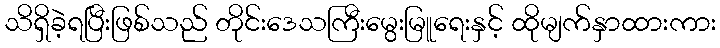
သိရှိခဲ့ရပြီးဖြစ်သည် တိုင်းဒေသကြီးမွေးမြူရေးနှင့် ထိုမျက်နှာထားကား